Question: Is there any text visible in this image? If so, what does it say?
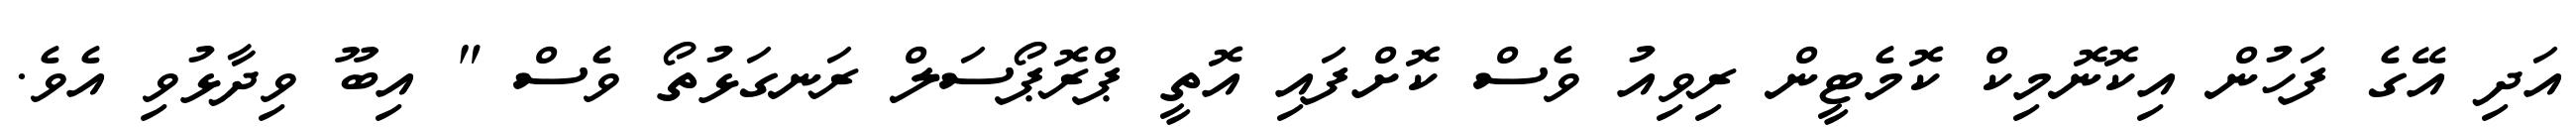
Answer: އަދި އޭގެ ފަހުން އިކޮނޮމިކް ކޮމެޓީން ރިވިއު ވެސް ކޮށްފައި އޮތީ ޕްރޮޕޯސަލް ރަނގަޅުތޯ ވެސް " އިބޫ ވިދާޅުވި އެވެ.